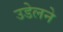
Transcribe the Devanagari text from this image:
उडेलने